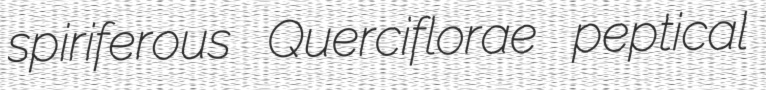
spiriferous Querciflorae peptical